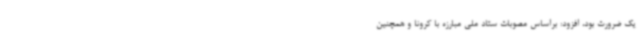
یک ضرورت بود، افزود: براساس مصوبات ستاد ملی مبارزه با کرونا و همچنین